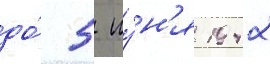
до́ 5 иу́н'я 1942